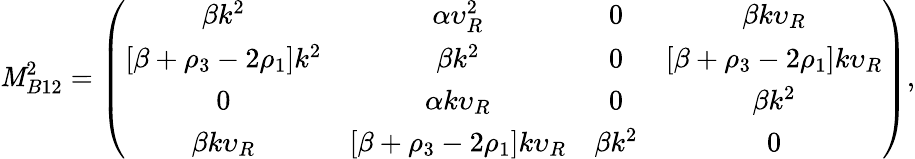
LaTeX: \mathit{M}_{B12}^{2}=\left(\begin{array}{cccc}{{\beta k^{2}}}&{{\alpha\upsilon_{R}^{2}}}&{{0}}&{{\beta k\upsilon_{R}}}\\ {{\left[\beta+\rho_{3}-2\rho_{1}\right]k^{2}}}&{{\beta k^{2}}}&{{0}}&{{\left[\beta+\rho_{3}-2\rho_{1}\right]k\upsilon_{R}}}\\ {{0}}&{{\alpha k\upsilon_{R}}}&{{0}}&{{\beta k^{2}}}\\ {{\beta k\upsilon_{R}}}&{{\left[\beta+\rho_{3}-2\rho_{1}\right]k\upsilon_{R}}}&{{\beta k^{2}}}&{{0}}\end{array}\right),